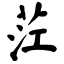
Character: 茳